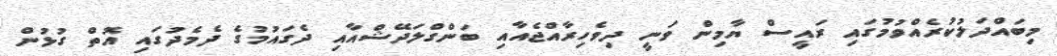
މިބައްދަލުކުރެއްވުމުގައި ރައީސް ޔާމިން ވަނީ ދިވެހިރާއްޖެއާއި ބަންގްލަދޭޝްއާއި ދެގައުމުގެ ދެމެދުގައި އޮތް ގުޅުން